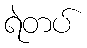
ရဲတပ်